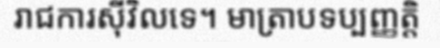
រាជការស៊ីវិលទេ។ មាត្រាបទប្បញ្ញត្តិ